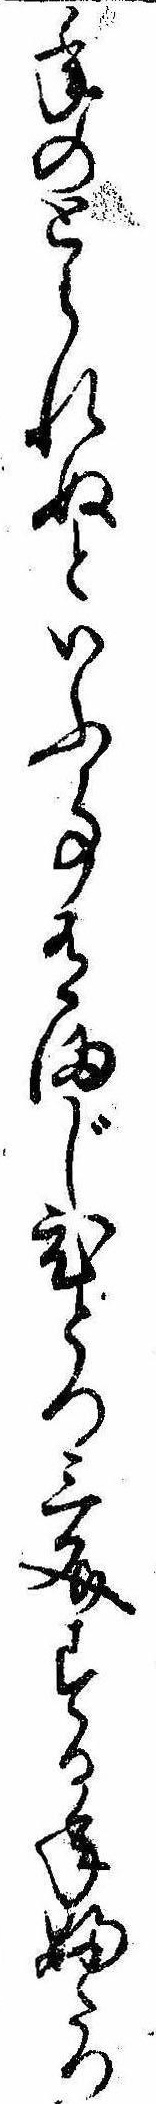
年のとられぬといふ事有まじひとつ三文する年ふたつ